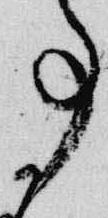
事